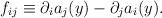
LaTeX: \begin{align*}f_{ij} \equiv \partial_i a_j(y) - \partial_j a_i(y). \end{align*}